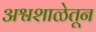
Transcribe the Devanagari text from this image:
अश्वशाळेतून